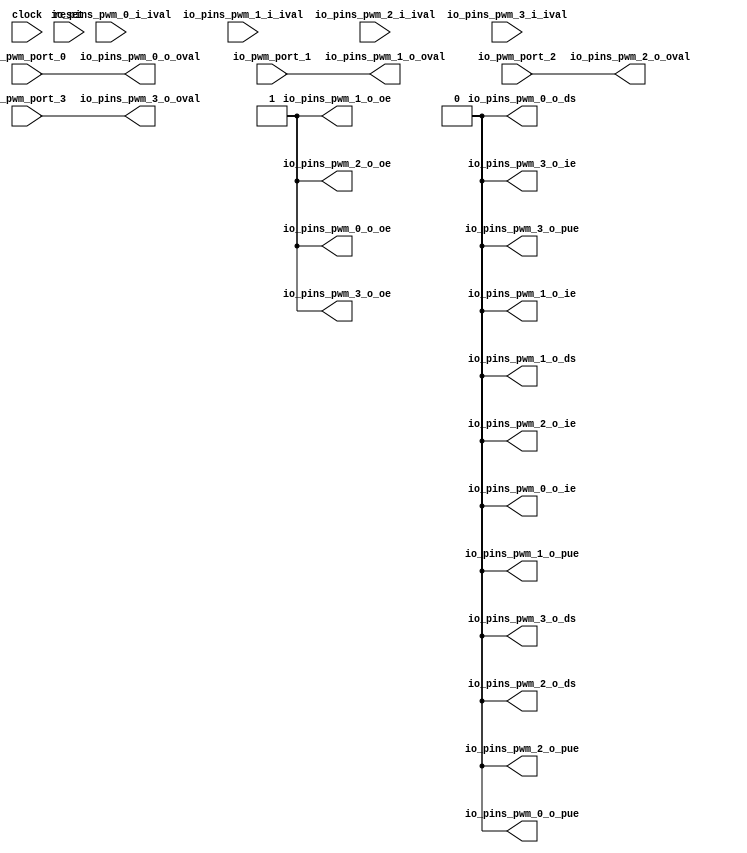
 /*                                                                      
 Copyright 2018 Nuclei System Technology, Inc.                
                                                                         
 Licensed under the Apache License, Version 2.0 (the "License");         
 you may not use this file except in compliance with the License.        
 You may obtain a copy of the License at                                 
                                                                         
     http://www.apache.org/licenses/LICENSE-2.0                          
                                                                         
  Unless required by applicable law or agreed to in writing, software    
 distributed under the License is distributed on an "AS IS" BASIS,       
 WITHOUT WARRANTIES OR CONDITIONS OF ANY KIND, either express or implied.
 See the License for the specific language governing permissions and     
 limitations under the License.                                          
 */                                                                      
                                                                         
                                                                         
                                                                         
module sirv_pwmgpioport(
  input   clock,
  input   reset,
  input   io_pwm_port_0,
  input   io_pwm_port_1,
  input   io_pwm_port_2,
  input   io_pwm_port_3,
  input   io_pins_pwm_0_i_ival,
  output  io_pins_pwm_0_o_oval,
  output  io_pins_pwm_0_o_oe,
  output  io_pins_pwm_0_o_ie,
  output  io_pins_pwm_0_o_pue,
  output  io_pins_pwm_0_o_ds,
  input   io_pins_pwm_1_i_ival,
  output  io_pins_pwm_1_o_oval,
  output  io_pins_pwm_1_o_oe,
  output  io_pins_pwm_1_o_ie,
  output  io_pins_pwm_1_o_pue,
  output  io_pins_pwm_1_o_ds,
  input   io_pins_pwm_2_i_ival,
  output  io_pins_pwm_2_o_oval,
  output  io_pins_pwm_2_o_oe,
  output  io_pins_pwm_2_o_ie,
  output  io_pins_pwm_2_o_pue,
  output  io_pins_pwm_2_o_ds,
  input   io_pins_pwm_3_i_ival,
  output  io_pins_pwm_3_o_oval,
  output  io_pins_pwm_3_o_oe,
  output  io_pins_pwm_3_o_ie,
  output  io_pins_pwm_3_o_pue,
  output  io_pins_pwm_3_o_ds
);
  wire [1:0] T_108;
  wire [1:0] T_109;
  wire [3:0] T_110;
  wire  T_114;
  wire  T_115;
  wire  T_116;
  wire  T_117;
  assign io_pins_pwm_0_o_oval = T_114;
  assign io_pins_pwm_0_o_oe = 1'h1;
  assign io_pins_pwm_0_o_ie = 1'h0;
  assign io_pins_pwm_0_o_pue = 1'h0;
  assign io_pins_pwm_0_o_ds = 1'h0;
  assign io_pins_pwm_1_o_oval = T_115;
  assign io_pins_pwm_1_o_oe = 1'h1;
  assign io_pins_pwm_1_o_ie = 1'h0;
  assign io_pins_pwm_1_o_pue = 1'h0;
  assign io_pins_pwm_1_o_ds = 1'h0;
  assign io_pins_pwm_2_o_oval = T_116;
  assign io_pins_pwm_2_o_oe = 1'h1;
  assign io_pins_pwm_2_o_ie = 1'h0;
  assign io_pins_pwm_2_o_pue = 1'h0;
  assign io_pins_pwm_2_o_ds = 1'h0;
  assign io_pins_pwm_3_o_oval = T_117;
  assign io_pins_pwm_3_o_oe = 1'h1;
  assign io_pins_pwm_3_o_ie = 1'h0;
  assign io_pins_pwm_3_o_pue = 1'h0;
  assign io_pins_pwm_3_o_ds = 1'h0;
  assign T_108 = {io_pwm_port_1,io_pwm_port_0};
  assign T_109 = {io_pwm_port_3,io_pwm_port_2};
  assign T_110 = {T_109,T_108};
  assign T_114 = T_110[0];
  assign T_115 = T_110[1];
  assign T_116 = T_110[2];
  assign T_117 = T_110[3];
endmodule